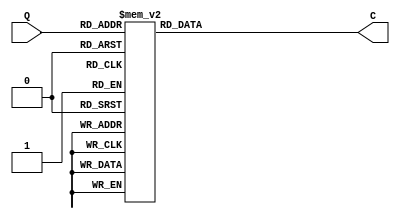
`ifndef MODULE_SSD_DRIVER
`define MODULE_SSD_DRIVER
`timescale 1ns / 1ps

module SSDDriver(
    input       [3:0]   Q,
    output reg  [6:0]   C
);

    initial begin
        C = 7'b1111111;
    end

    always @( * ) begin
        case (Q)
            4'h0: C = 7'b1000000;
            4'h1: C = 7'b1111001;
            4'h2: C = 7'b0100100;
            4'h3: C = 7'b0110000;
            4'h4: C = 7'b0011001;
            4'h5: C = 7'b0010010;
            4'h6: C = 7'b0000010;
            4'h7: C = 7'b1111000;
            4'h8: C = 7'b0000000;
            4'h9: C = 7'b0010000;
            4'ha: C = 7'b0001000;
            4'hb: C = 7'b0000011;
            4'hc: C = 7'b1000110;
            4'hd: C = 7'b0100001;
            4'he: C = 7'b0000110;
            4'hf: C = 7'b0001110;
            default: C = 7'b1111111;
        endcase
    end
endmodule

`endif